Tezpur Lunatic Asylum reports 1895-1904 - 1895-1904
Year: 1895
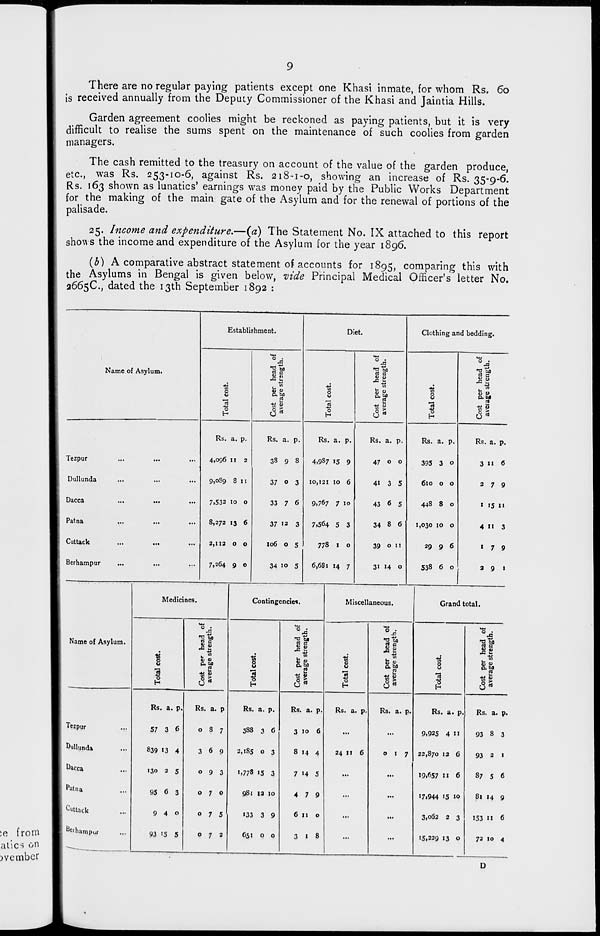
9
There are no regular paying patients except one Khasi inmate, for whom Rs. 60
is received annually from the Depuiy Commissioner of the Khasi and Jaintia Hills.
Garden agreement coolies might be reckoned as paying patients, but it is very
difficult to realise the sums spent on the maintenance of such coolies from garden
managers.
The cash remitted to the treasury on account of the value of the garden produce,
etc., was Rs. 253-10-6, against Rs. 218-1-0, showing an increase of Rs. 35-9-6.
Rs. 163 shown as lunatics' earnings was money paid by the Public Works Department
for the making of the main gate of the Asylum and for the renewal of portions of the
palisade.
25. Income and expenditure.—(a) The Statement No. IX attached to this report
shows the income and expenditure of the Asylum for the year 1896.
(b) A comparative abstract statement of accounts for 1895, comparing this with
the Asylums in Bengal is given below, vide Principal Medical Officer's letter No.
2665C, dated the 13th September 1892 :
:e from
atic^ on
jvembcr
Name of Asylum.
Tezpur
Dullunda
Dacca
Patna
Cuttack
Berhampur
Name of Asylum.
Tezpur
Dullunda
Dacca
Patna
Cuttack
Berhampm
Establishment.
o
u
o
H
Rs. a. p.
4,096 n 2
9,oSo, 8 11
7,532 10 o
8,272 13 6
2,112 o o
7,264 9 o
?! P
CO 0)
Diet.
o
u
n
"o
Rs. a. p.
Rs. a. p.
38 9 8
37 o 3
33 7 6
37 12 3
4,987 15 9
10,121 10 6
9,767 7 10
7.564 5 3
•a M
rt a
In
"fe! >
6*
Clothing and bedding.
o
o
106 o 5
778 I o
34 10 5
6,681 14 7
Rs. a. p.
47 o o
41 3 5
43 6 5
34 8 6
Rs. a. p.
395 3 o
610 o o
44S 8 o
1,030 10 o
T3 to
§ §
V)
0) 4>
■H o
P >
3*
39 o n
29 9 6
31 14 o
538 6 o
Rs. a. p.
3 11 6
279
1 15 11
4 11 3
1 7 9
3 9 1
Medicines.
o
u
o
Ms
Rs. a. P.
57 3 6
839 13 4
I30 3 5
95 6 3
9 4 0
93 '5 5
Rs. a. p
Contingencies.
o
o
3 o
Rs. a. p.
087
388 3 6
369
o93
070
o75
073
2,185 o 3
1.778 15 3
9Sl 13 10
133 3 9
651 o o
°4
<U 5
•*£ m
u
4>
<n
Rs. a. p
3 10 6
Miscellaneous.
o
o
o
1 t
in
& ft
g
c3 s
Rs. a. p.
Rs. a. p.
8 14 4
24 11 6
7 14 5
4 7 9
6 11 o
3 1 8
Grand total.
in
o
u
I
Rs. a. p.
9,925 4 11
o 1 7 22,870 13 6
19,657 11 6
I7i944 15 10
*o ta
p. to
£3
O
3,062 2 3
15,239 13 o
Rs. a. p.
93 8 3
93 3 1
87 5 6
81 14 9
153 II 6
72 10 4
D